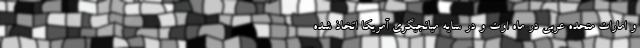
و امارات متحده عربی در ماه اوت و در سایه میانجیگری آمریکا اتخاذ شده